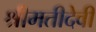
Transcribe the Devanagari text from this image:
श्रीमतीदेवी